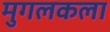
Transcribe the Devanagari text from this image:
मुगलकला